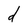
Character: d